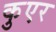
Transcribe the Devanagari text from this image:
कुएर